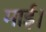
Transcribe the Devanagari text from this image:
माई।